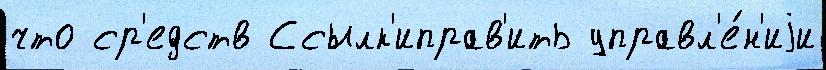
что ср'едств Ссылк'иправ'ить управл'е́н'иjи